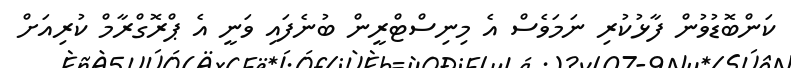
ކަންބޮޑުވުން ފާޅުކުރި ނަމަވެސް އެ މިނިސްޓްރީން ބުނެފައި ވަނީ އެ ޕްރޮގްރާމް ކުރިއަށް